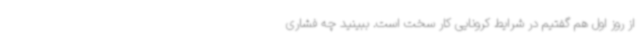
از روز اول هم گفتیم در شرایط کرونایی کار سخت است. ببینید چه فشاری